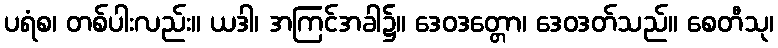
ပရံစ၊ တစ်ပါးလည်း။ ယဒါ၊ အကြင်အခါ၌။ ဒေဝဒတ္တော၊ ဒေဝဒတ်သည်။ စေတီသု၊